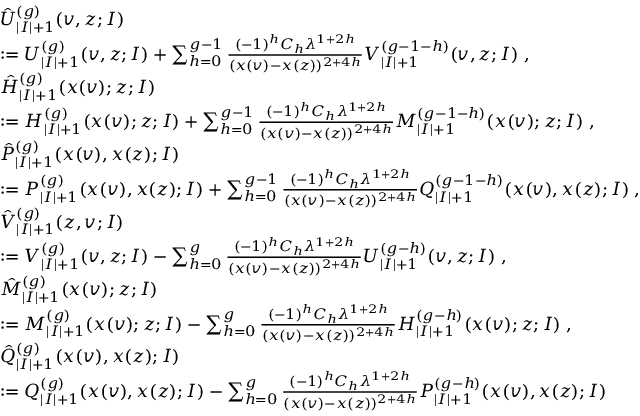
\begin{array} { r l } & { \hat { U } _ { | I | + 1 } ^ { ( g ) } ( v , z ; I ) } \\ & { : = U _ { | I | + 1 } ^ { ( g ) } ( v , z ; I ) + \sum _ { h = 0 } ^ { g - 1 } \frac { ( - 1 ) ^ { h } C _ { h } \lambda ^ { 1 + 2 h } } { ( x ( v ) - x ( z ) ) ^ { 2 + 4 h } } V _ { | I | + 1 } ^ { ( g - 1 - h ) } ( v , z ; I ) \; , } \\ & { \hat { H } _ { | I | + 1 } ^ { ( g ) } ( x ( v ) ; z ; I ) } \\ & { : = H _ { | I | + 1 } ^ { ( g ) } ( x ( v ) ; z ; I ) + \sum _ { h = 0 } ^ { g - 1 } \frac { ( - 1 ) ^ { h } C _ { h } \lambda ^ { 1 + 2 h } } { ( x ( v ) - x ( z ) ) ^ { 2 + 4 h } } M _ { | I | + 1 } ^ { ( g - 1 - h ) } ( x ( v ) ; z ; I ) \; , } \\ & { \hat { P } _ { | I | + 1 } ^ { ( g ) } ( x ( v ) , x ( z ) ; I ) } \\ & { : = P _ { | I | + 1 } ^ { ( g ) } ( x ( v ) , x ( z ) ; I ) + \sum _ { h = 0 } ^ { g - 1 } \frac { ( - 1 ) ^ { h } C _ { h } \lambda ^ { 1 + 2 h } } { ( x ( v ) - x ( z ) ) ^ { 2 + 4 h } } Q _ { | I | + 1 } ^ { ( g - 1 - h ) } ( x ( v ) , x ( z ) ; I ) \; , } \\ & { \hat { V } _ { | I | + 1 } ^ { ( g ) } ( z , v ; I ) } \\ & { : = V _ { | I | + 1 } ^ { ( g ) } ( v , z ; I ) - \sum _ { h = 0 } ^ { g } \frac { ( - 1 ) ^ { h } C _ { h } \lambda ^ { 1 + 2 h } } { ( x ( v ) - x ( z ) ) ^ { 2 + 4 h } } U _ { | I | + 1 } ^ { ( g - h ) } ( v , z ; I ) \; , } \\ & { \hat { M } _ { | I | + 1 } ^ { ( g ) } ( x ( v ) ; z ; I ) } \\ & { : = M _ { | I | + 1 } ^ { ( g ) } ( x ( v ) ; z ; I ) - \sum _ { h = 0 } ^ { g } \frac { ( - 1 ) ^ { h } C _ { h } \lambda ^ { 1 + 2 h } } { ( x ( v ) - x ( z ) ) ^ { 2 + 4 h } } H _ { | I | + 1 } ^ { ( g - h ) } ( x ( v ) ; z ; I ) \; , } \\ & { \hat { Q } _ { | I | + 1 } ^ { ( g ) } ( x ( v ) , x ( z ) ; I ) } \\ & { : = Q _ { | I | + 1 } ^ { ( g ) } ( x ( v ) , x ( z ) ; I ) - \sum _ { h = 0 } ^ { g } \frac { ( - 1 ) ^ { h } C _ { h } \lambda ^ { 1 + 2 h } } { ( x ( v ) - x ( z ) ) ^ { 2 + 4 h } } P _ { | I | + 1 } ^ { ( g - h ) } ( x ( v ) , x ( z ) ; I ) } \end{array}